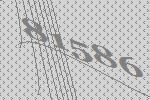
81586